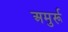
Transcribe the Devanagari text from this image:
अमुर्रू